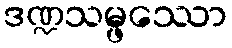
ဒဏ္ဍသမ္ဖဿော